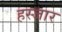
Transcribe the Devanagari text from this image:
हस्जार